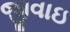
જીવાઇ